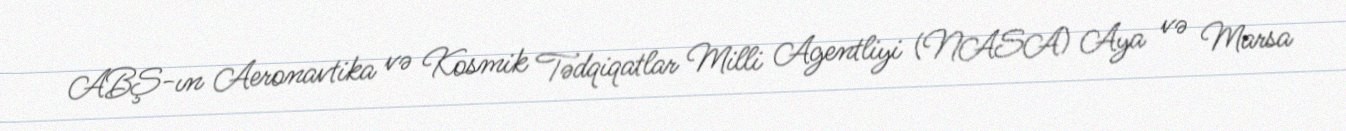
ABŞ-ın Aeronavtika və Kosmik Tədqiqatlar Milli Agentliyi (NASA) Aya və Marsa